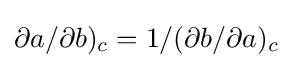
\partial a/\partial b)_{c}=1/(\partial b/\partial a)_{c}